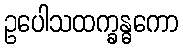
ဥပေါသထက္ခန္ဓကော